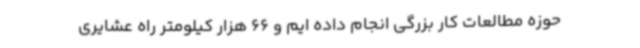
حوزه مطالعات کار بزرگی انجام داده ایم و 66 هزار کیلومتر راه عشایری